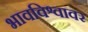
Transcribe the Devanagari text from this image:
भावविश्वावर